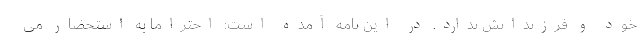
خود و فرزندانش ندارد. در این نامه آمده است: احتراماً به استحضار می